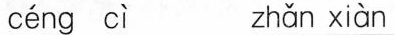
céng cì zhǎn xiàn